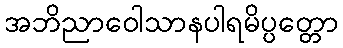
အဘိညာဝေါသာနပါရမိပ္ပတ္တော